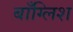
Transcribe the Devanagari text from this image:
बाँग्लिश